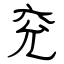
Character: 兖